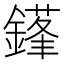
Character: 𨫱